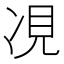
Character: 𫝎